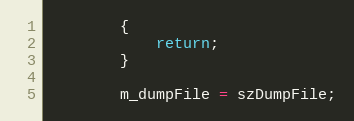
Language: C++
        {
            return;
        }

		m_dumpFile = szDumpFile;